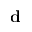
\mathbf { d }